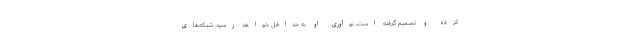
کرده و تصمیم گرفته است، نوآوری او به حداقل خواهد رسید. شبکه‌­های